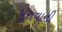
પૂરાવાની